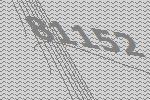
81152